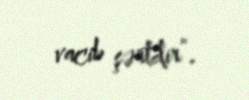
vacib şərtdir”.